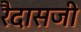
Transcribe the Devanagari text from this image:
रैदासजी